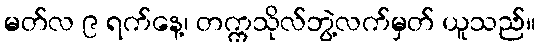
မတ်လ ၉ ရက်နေ့၊ တက္ကသိုလ်ဘွဲ့လက်မှတ် ယူသည်။